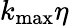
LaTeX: k_{\mathrm{max}}\eta